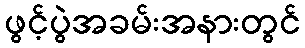
ဖွင့်ပွဲအခမ်းအနားတွင်